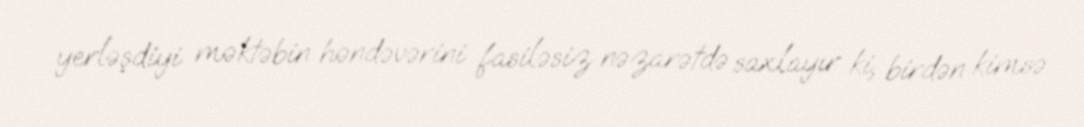
yerləşdiyi məktəbin həndəvərini fasiləsiz nəzarətdə saxlayır ki, birdən kimsə